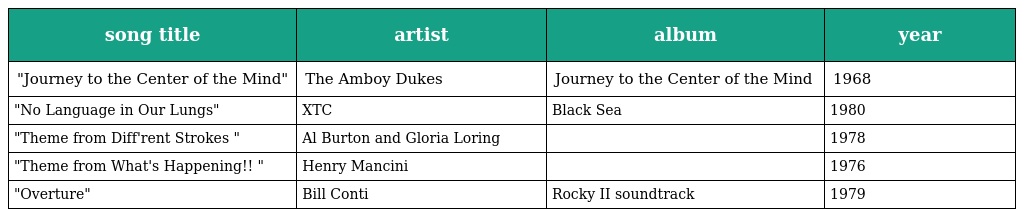
| song title | artist | album | year |
 | --- | --- | --- | --- |
 | "Journey to the Center of the Mind" | The Amboy Dukes | Journey to the Center of the Mind | 1968 |
 | "No Language in Our Lungs" | XTC | Black Sea | 1980 |
 | "Theme from Diff'rent Strokes " | Al Burton and Gloria Loring |  | 1978 |
 | "Theme from What's Happening!! " | Henry Mancini |  | 1976 |
 | "Overture" | Bill Conti | Rocky II soundtrack | 1979 |